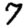
Digit: 7